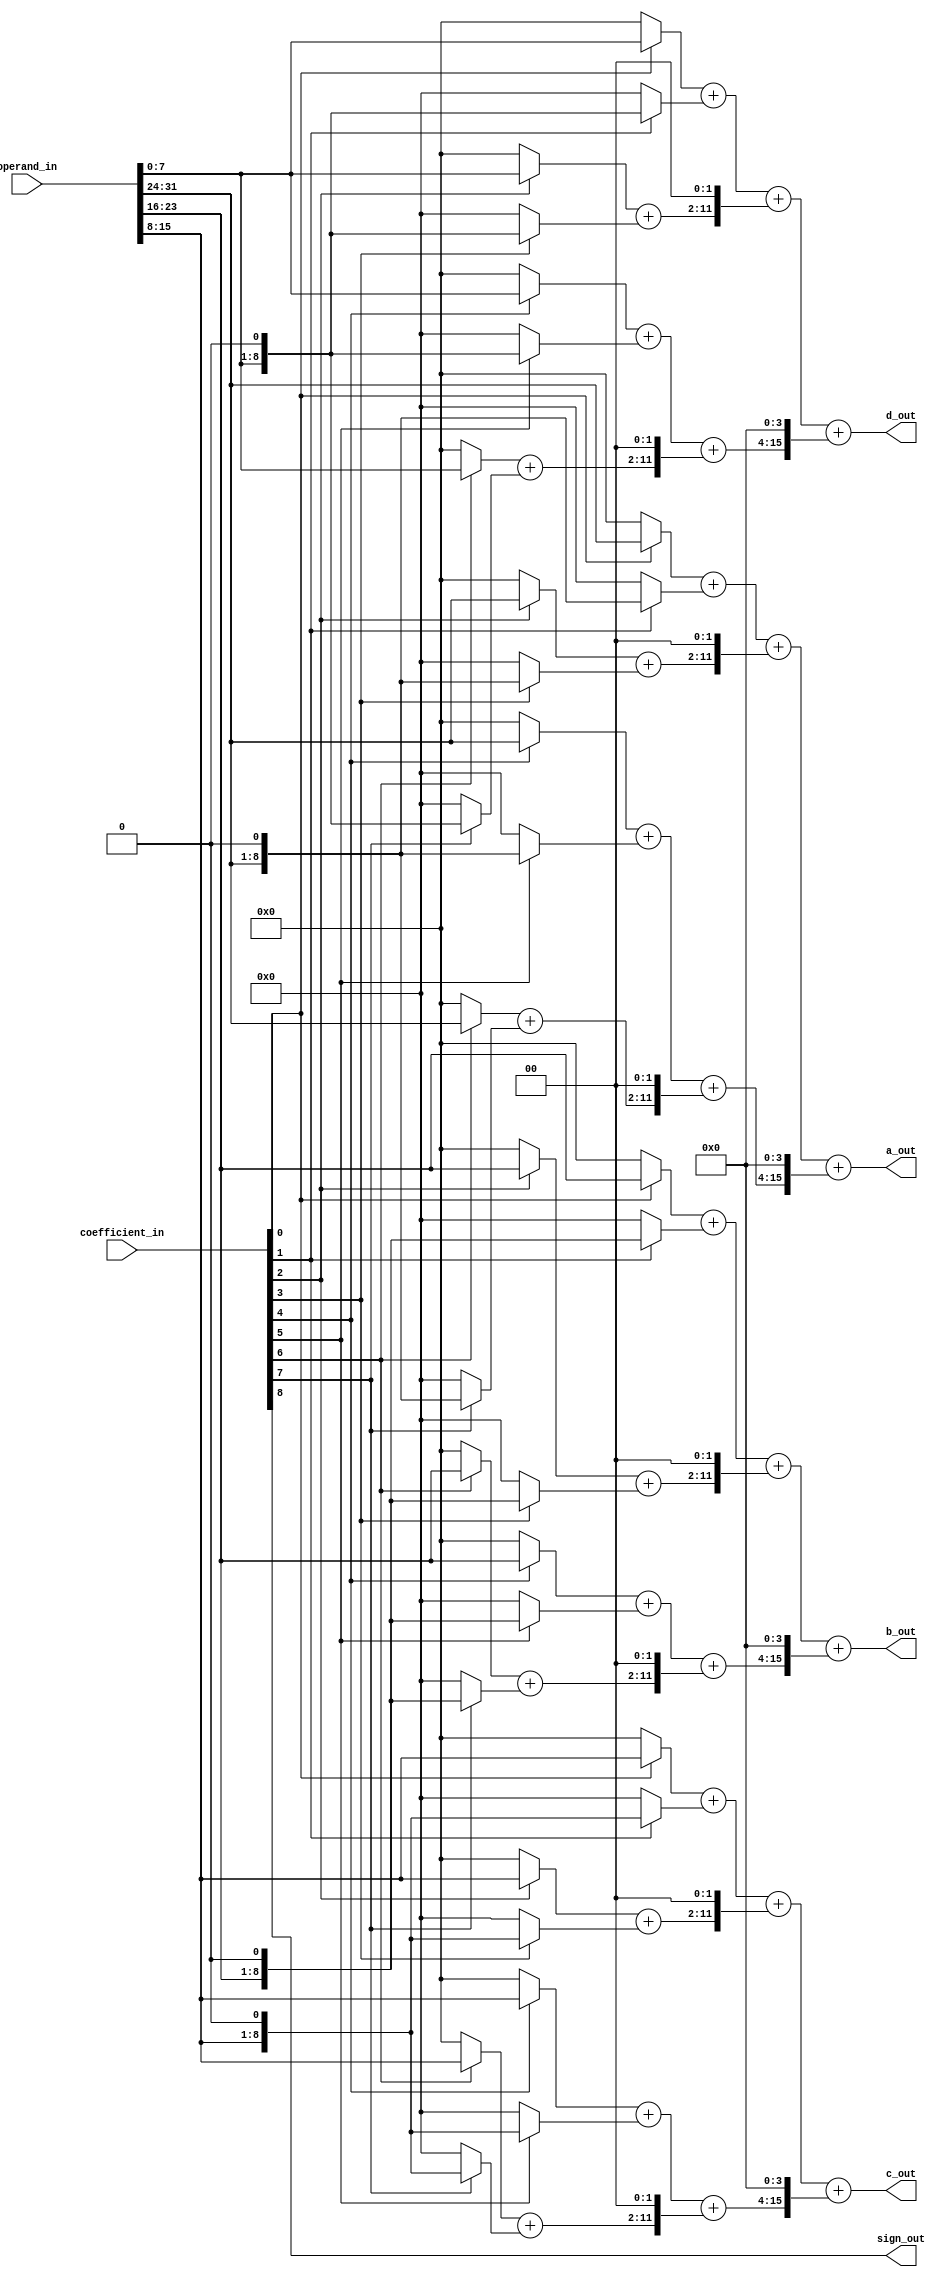
module ZBT_multiplier(operand_in, coefficient_in, a_out, b_out, c_out, d_out, sign_out);
	input [31:0]	operand_in;
	input [8:0]		coefficient_in;
	output [15:0]	a_out;
	output [15:0]	b_out;
	output [15:0]	c_out;
	output [15:0]	d_out;
	output			sign_out;
	
	assign sign_out = coefficient_in[8];
	
	wire [7:0]		a;
	wire [8:0]		a2;
	wire [9:0]		a4;
	wire [10:0]		a8;
	wire [11:0]		a16;
	wire [12:0]		a32;
	wire [13:0]		a64;
	wire [14:0]		a128;
	
	wire [15:0]		a_int1;
	wire [15:0]		a_int2;
	wire [15:0]		a_int3;
	wire [15:0]		a_int4;
	
	assign a = (coefficient_in[0]) ? operand_in[31:24] : 0;
	assign a2 = (coefficient_in[1]) ? operand_in[31:24] << 1 : 0;
	assign a4 = (coefficient_in[2]) ? operand_in[31:24] : 0;
	assign a8 = (coefficient_in[3]) ? operand_in[31:24] << 1 : 0;
	assign a16 = (coefficient_in[4]) ? operand_in[31:24] : 0;
	assign a32 = (coefficient_in[5]) ? operand_in[31:24] << 1 : 0;
	assign a64 = (coefficient_in[6]) ? operand_in[31:24] : 0;
	assign a128 = (coefficient_in[7]) ? operand_in[31:24] << 1 : 0;
	
	assign a_int1 = a + a2;
	assign a_int2 = (a4 + a8) << 2;
	assign a_int3 = a16 + a32;
	assign a_int4 = (a64 + a128) << 2;
	assign a_out = a_int1 + a_int2 + ((a_int3 + a_int4) << 4);
	
	wire [7:0]		b;
	wire [8:0]		b2;
	wire [9:0]		b4;
	wire [10:0]		b8;
	wire [11:0]		b16;
	wire [12:0]		b32;
	wire [13:0]		b64;
	wire [14:0]		b128;
	
	wire [15:0]		b_int1;
	wire [15:0]		b_int2;
	wire [15:0]		b_int3;
	wire [15:0]		b_int4;
	
	assign b = (coefficient_in[0]) ? operand_in[23:16] : 0;
	assign b2 = (coefficient_in[1]) ? operand_in[23:16] << 1 : 0;
	assign b4 = (coefficient_in[2]) ? operand_in[23:16] : 0;
	assign b8 = (coefficient_in[3]) ? operand_in[23:16] << 1 : 0;
	assign b16 = (coefficient_in[4]) ? operand_in[23:16] : 0;
	assign b32 = (coefficient_in[5]) ? operand_in[23:16] << 1 : 0;
	assign b64 = (coefficient_in[6]) ? operand_in[23:16] : 0;
	assign b128 = (coefficient_in[7]) ? operand_in[23:16] << 1 : 0;
	
	assign b_int1 = b + b2;
	assign b_int2 = (b4 + b8) << 2;
	assign b_int3 = b16 + b32;
	assign b_int4 = (b64 + b128) << 2;
	assign b_out = b_int1 + b_int2 + ((b_int3 + b_int4) << 4);

	wire [7:0]		c;
	wire [8:0]		c2;
	wire [9:0]		c4;
	wire [10:0]		c8;
	wire [11:0]		c16;
	wire [12:0]		c32;
	wire [13:0]		c64;
	wire [14:0]		c128;
	
	wire [15:0]		c_int1;
	wire [15:0]		c_int2;
	wire [15:0]		c_int3;
	wire [15:0]		c_int4;
	
	assign c = (coefficient_in[0]) ? operand_in[15:8] : 0;
	assign c2 = (coefficient_in[1]) ? operand_in[15:8] << 1 : 0;
	assign c4 = (coefficient_in[2]) ? operand_in[15:8] : 0;
	assign c8 = (coefficient_in[3]) ? operand_in[15:8] << 1 : 0;
	assign c16 = (coefficient_in[4]) ? operand_in[15:8] : 0;
	assign c32 = (coefficient_in[5]) ? operand_in[15:8] << 1 : 0;
	assign c64 = (coefficient_in[6]) ? operand_in[15:8] : 0;
	assign c128 = (coefficient_in[7]) ? operand_in[15:8] << 1 : 0;
	
	assign c_int1 = c + c2;
	assign c_int2 = (c4 + c8) << 2;
	assign c_int3 = c16 + c32;
	assign c_int4 = (c64 + c128) << 2;
	assign c_out = c_int1 + c_int2 + ((c_int3 + c_int4) << 4);

	wire [7:0]		d;
	wire [8:0]		d2;
	wire [9:0]		d4;
	wire [10:0]		d8;
	wire [11:0]		d16;
	wire [12:0]		d32;
	wire [13:0]		d64;
	wire [14:0]		d128;
	
	wire [15:0]		d_int1;
	wire [15:0]		d_int2;
	wire [15:0]		d_int3;
	wire [15:0]		d_int4;
	
	assign d = (coefficient_in[0]) ? operand_in[7:0] : 0;
	assign d2 = (coefficient_in[1]) ? operand_in[7:0] << 1 : 0;
	assign d4 = (coefficient_in[2]) ? operand_in[7:0] : 0;
	assign d8 = (coefficient_in[3]) ? operand_in[7:0] << 1 : 0;
	assign d16 = (coefficient_in[4]) ? operand_in[7:0] : 0;
	assign d32 = (coefficient_in[5]) ? operand_in[7:0] << 1 : 0;
	assign d64 = (coefficient_in[6]) ? operand_in[7:0] : 0;
	assign d128 = (coefficient_in[7]) ? operand_in[7:0] << 1 : 0;
	
	assign d_int1 = d + d2;
	assign d_int2 = (d4 + d8) << 2;
	assign d_int3 = d16 + d32;
	assign d_int4 = (d64 + d128) << 2;
	assign d_out = d_int1 + d_int2 + ((d_int3 + d_int4) << 4);
endmodule